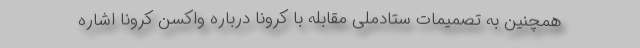
همچنین به تصمیمات ستادملی مقابله با کرونا درباره واکسن کرونا اشاره